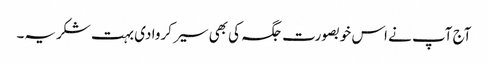
آج آپ نے اس خوبصورت جگہ کی بھی سیر کروا دی بہت شکریہ۔